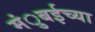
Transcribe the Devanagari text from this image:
मंुबईच्या